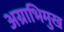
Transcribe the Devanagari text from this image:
अग्राभिमुख